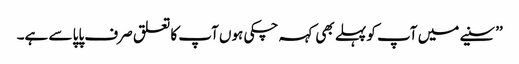
’’سنیے میں آپ کو پہلے بھی کہہ چکی ہوں آپ کا تعلق صرف پاپا سے ہے۔